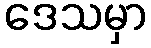
ဒေသမှာ